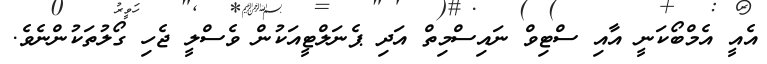
އެއީ އެމްބޯކަނީ އާއި ސްޓިވް ނައިސްމިތް އަދި ޕެނަލްޓީއަކުން ވެސްލީ ޖެހި ގޯލުތަކުންނެވެ.